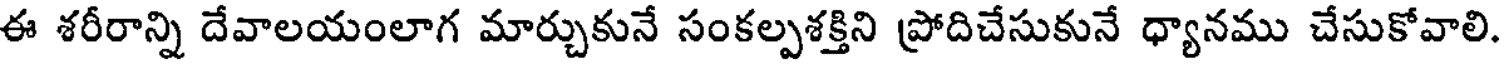
ఈ శరీరాన్ని దేవాలయంలాగ మార్చుకునే సంకల్పశక్తిని ప్రోదిచేసుకునే ధ్యానము చేసుకోవాలి.